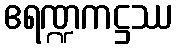
ဧရဏ္ဍကဋ္ဌဿ